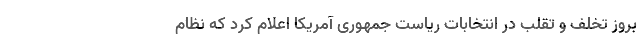
بروز تخلف و تقلب در انتخابات ریاست جمهوری آمریکا اعلام کرد که نظام